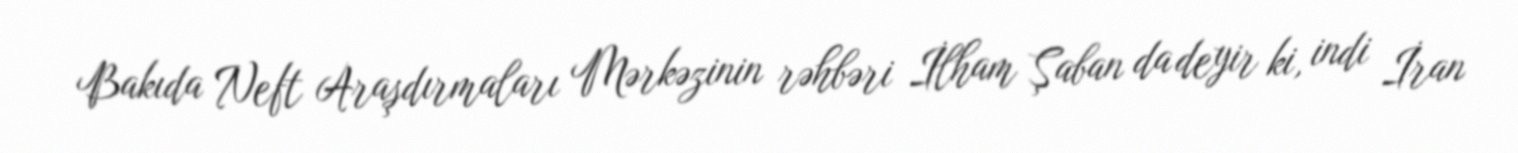
Bakıda Neft Araşdırmaları Mərkəzinin rəhbəri İlham Şaban da deyir ki, indi İran